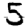
Digit: 5